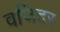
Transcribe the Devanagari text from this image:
वजिंदर